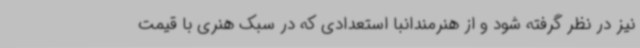
نیز در نظر گرفته شود و از هنرمندانبا استعدادی که در سبک هنری با قیمت